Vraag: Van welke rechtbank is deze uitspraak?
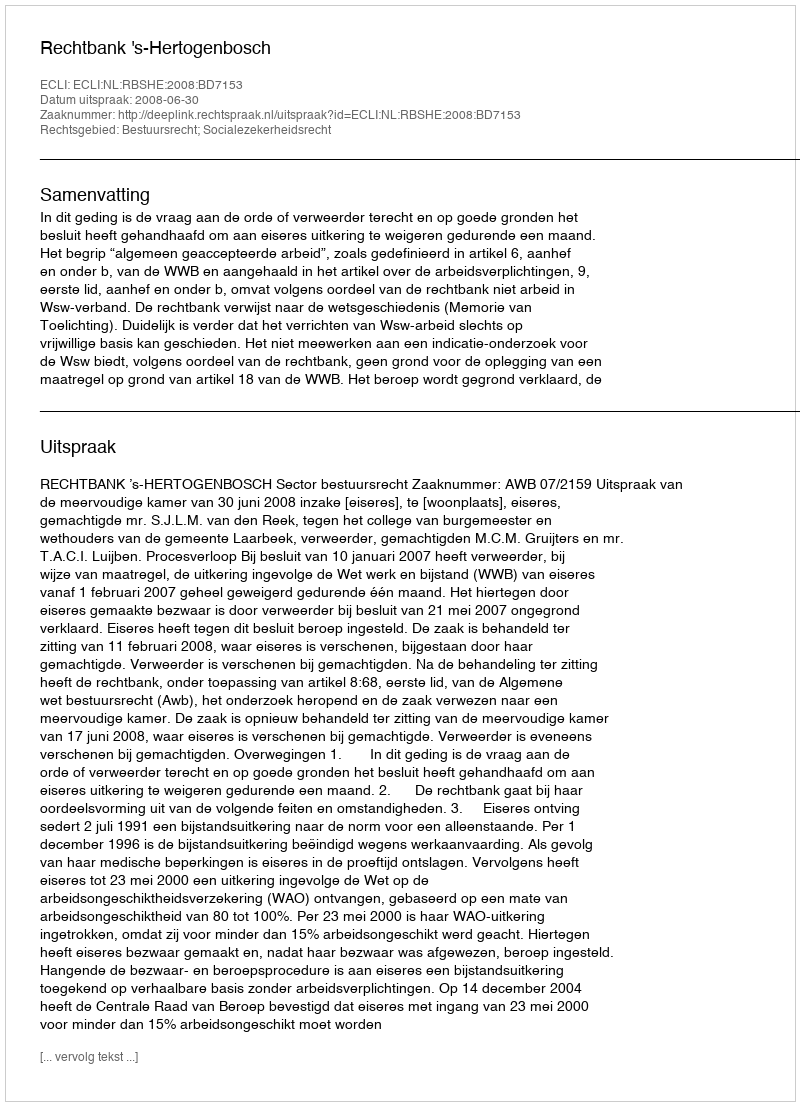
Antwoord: Rechtbank 's-Hertogenbosch